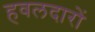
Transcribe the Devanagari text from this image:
हवलदारों